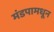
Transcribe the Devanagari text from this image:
मंडपामधून